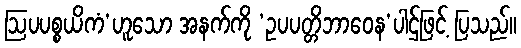
ဩပပစ္စယိကံ’ဟူသော အနက်ကို ‘ဥပပတ္တိဘာဝေန’ပါဌ်ဖြင့် ပြသည်။